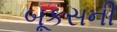
બૂકસની